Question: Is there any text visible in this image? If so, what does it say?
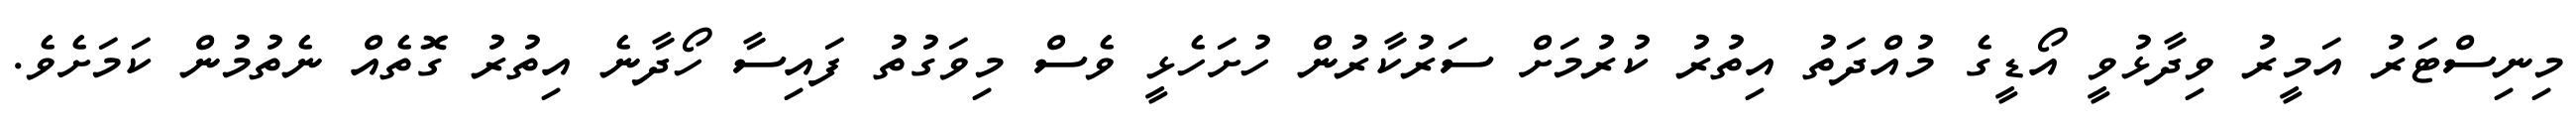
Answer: މިނިސްޓަރު އަމީރު ވިދާޅުވީ އޯޑީގެ މުއްދަތު އިތުރު ކުރުމަށް ސަރުކާރުން ހުށަހެޅީ ވެސް މިވަގުތު ފައިސާ ހޯދާނެ އިތުރު ގޮތެއް ނެތުމުން ކަމަށެވެ.